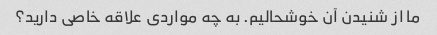
ما از شنیدن آن خوشحالیم. به چه مواردی علاقه خاصی دارید؟